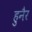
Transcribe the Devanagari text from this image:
हुनैर